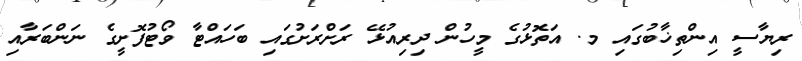
ރިޔާސީ އިންތިޚާބުގައި މ. އަތޮޅުގެ މީހުން ދިރިއުޅޭ ރަށްރަށުގައި ބަހައްޓާ ވޯޓުފޮށީގެ ނަންބަރާއި